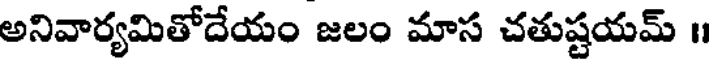
అనివార్యమితోదేయం జలం మాస చతుష్టయమ్ I